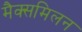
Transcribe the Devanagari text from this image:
मैक्समिलन